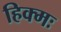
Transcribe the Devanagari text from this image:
हिक्मः